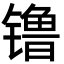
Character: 镥